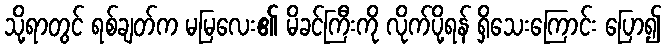
သို့ရာတွင် ရစ်ချတ်က မမြလေး၏ မိခင်ကြီးကို လိုက်ပို့ရန် ရှိသေးကြောင်း ပြော၍